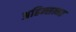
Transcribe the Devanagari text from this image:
अहिन्सत्मत